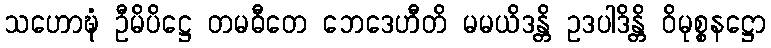
သဟောဍ္ဎံ ဦမိပိဋ္ဌေ တမဓီတေ ဘေဒေဟီတိ မမယိဒန္တိ ဥဒပါဒိန္တိ ဝိမုစ္စနဋ္ဌော